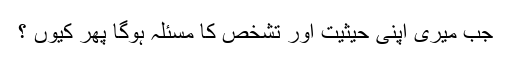
جب میری اپنی حیثیت اور تشخص کا مسئلہ ہوگا پھر کیوں ؟